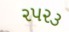
૨૫૨૩